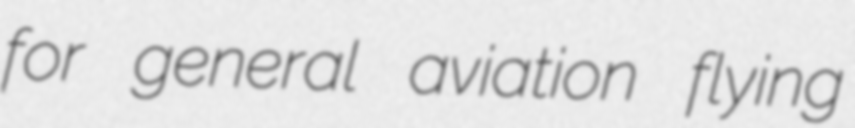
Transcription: for general aviation flying